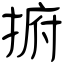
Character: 捬